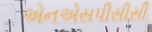
એનએસપીસીસી